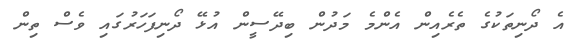
އެ ދޯނިތަކުގެ ތެރެއިން އެންމެ މަދުން ބިދޭސީން އުޅޭ ދޯނިފަހަރުގައި ވެސް ތިން